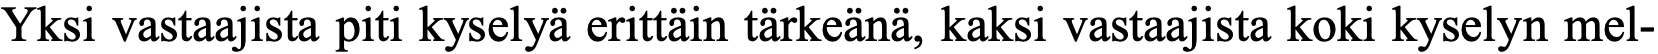
Yksi vastaajista piti kyselyä erittäin tärkeänä, kaksi vastaajista koki kyselyn mel-